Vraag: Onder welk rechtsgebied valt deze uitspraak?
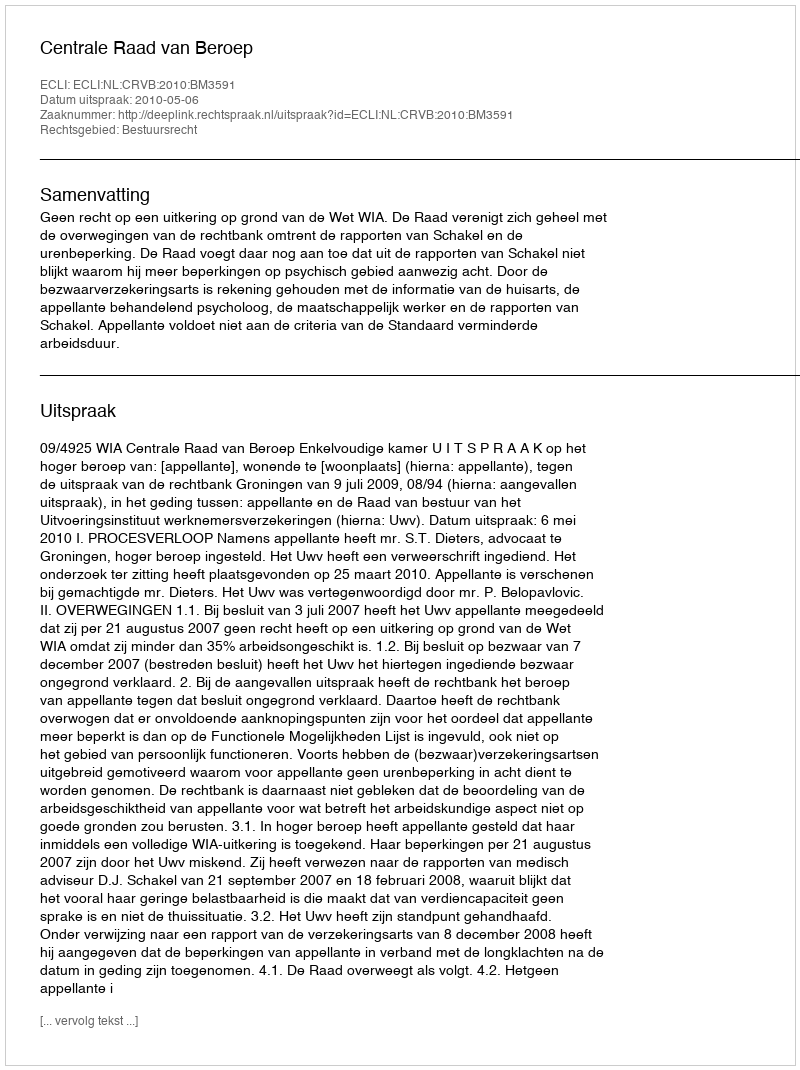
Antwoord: Bestuursrecht